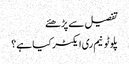
تفصیل سے پڑھئے
پلوٹونیم ری ایکٹر کیا ہے؟